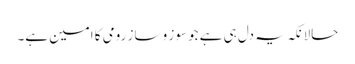
حالانکہ یہ دل ہی ہے جو سوز و ساز رومی کا امین ہے۔